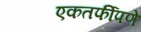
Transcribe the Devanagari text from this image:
एकतर्फीपणे